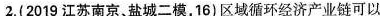
2.（2019江苏南京、盐城二模，16）区域循环经济产业链可以